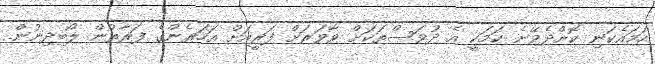
ހަމައެކަނި ކޮށްދެވޭނެ ކަމަކީ އެ ދުވަސްތަކަށް ވާވަރަށް ފަރީއަށް އަހަރެންގެ ފަރާތުން ލޯބިދިނުން.